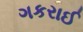
ગકરાઈ